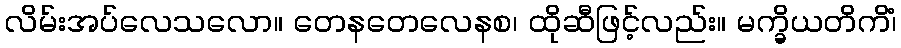
လိမ်းအပ်လေသလော။ တေနတေလေနစ၊ ထိုဆီဖြင့်လည်း။ မက္ခိယတိကိံ၊